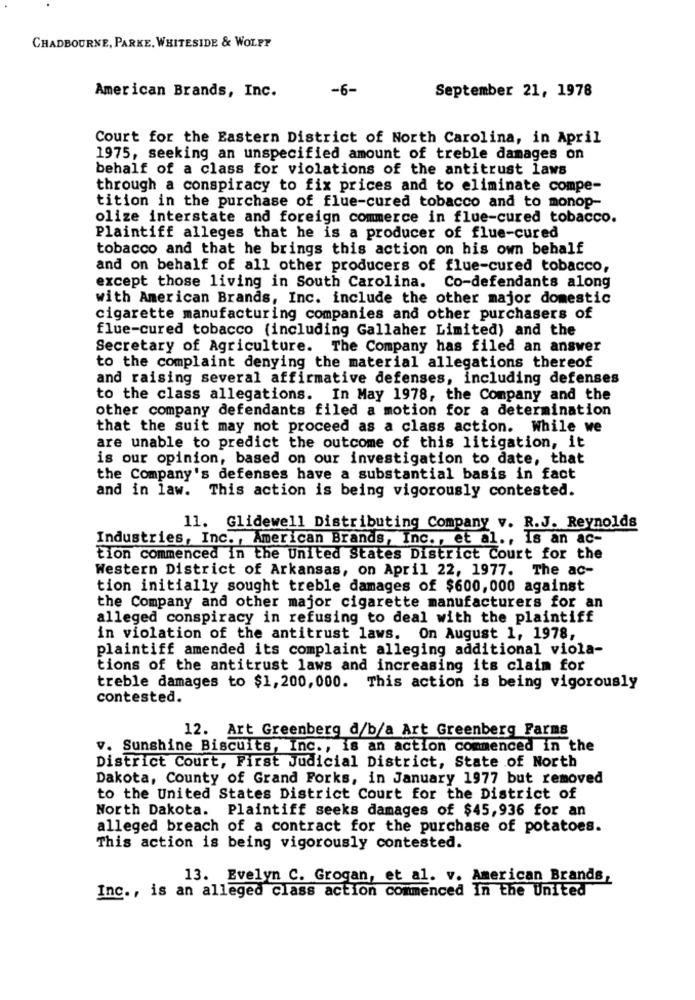
CHADBOURNE, PARKE, WHITESIDE & WOLFF
American Brands, Inc.
-6-
September 21, 1978
Court for the Eastern District of North Carolina, in April
1975, seeking an unspecified amount of treble damages on
behalf of a class for violations of the antitrust laws
through a conspiracy to fix prices and to eliminate compe-
tition in the purchase of flue-cured tobacco and to monop-
olize interstate and foreign commerce in flue-cured tobacco.
Plaintiff alleges that he is a producer of flue-cured
tobacco and that he brings this action on his own behalf
and on behalf of all other producers of flue-cured tobacco,
except those living in South Carolina. Co-defendants along
with American Brands, Inc. include the other major domestic
cigarette manufacturing companies and other purchasers of
flue-cured tobacco (including Gallaher Limited) and the
Secretary of Agriculture. The Company has filed an answer
to the complaint denying the material allegations thereof
and raising several affirmative defenses, including defenses
to the class allegations. In May 1978, the Company and the
other company defendants filed a motion for a determination
that the suit may not proceed as a class action. While we
are unable to predict the outcome of this litigation, it
is our opinion, based on our investigation to date, that
the Company's defenses have a substantial basis in fact
and in law. This action is being vigorously contested.
11. Glidewell Distributing Company v. R.J. Reynolds
Industries, Inc ., American Brands, Inc ., et al ., is an ac-
tion commenced in the United States District Court for the
Western District of Arkansas, on April 22, 1977. The ac-
tion initially sought treble damages of $600,000 against
the Company and other major cigarette manufacturers for an
alleged conspiracy in refusing to deal with the plaintiff
in violation of the antitrust laws. On August 1, 1978,
plaintiff amended its complaint alleging additional viola-
tions of the antitrust laws and increasing its claim for
treble damages to $1,200, 000. This action is being vigorously
contested.
12. Art Greenberg d/b/a Art Greenberg Farms
v. Sunshine Biscuits, Inc ., is an action commenced in the
District Court, First Judicial District, State of North
Dakota, County of Grand Forks, in January 1977 but removed
to the United States District Court for the District of
North Dakota. Plaintiff seeks damages of $45,936 for an
alleged breach of a contract for the purchase of potatoes.
This action is being vigorously contested.
13. Evelyn C. Grogan, et al. v. American Brands,
Inc ., is an alleged Class action commenced In the United